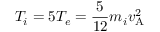
T _ { i } = 5 T _ { e } = \frac { 5 } { 1 2 } m _ { i } v _ { \mathrm { A } } ^ { 2 }